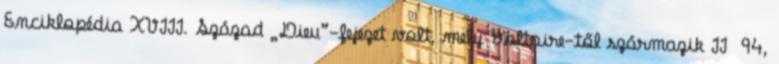
Enciklopédia XVIII. Század „Dieu”-fejezet volt, mely Voltaire-től származik II 94,